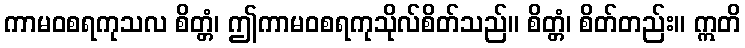
ကာမဝစရကုသလ စိတ္တံ၊ ဤကာမဝစရကုသိုလ်စိတ်သည်။ စိတ္တံ၊ စိတ်တည်း။ ဣတိ